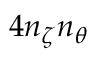
4 n _ { \zeta } n _ { \theta }